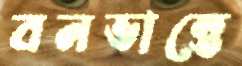
বনভান্তে